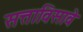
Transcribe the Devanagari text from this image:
सत्ताविसावे